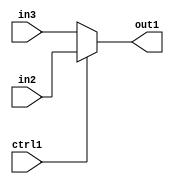
`timescale 1ps / 1ps
/*****************************************************************************
    Verilog RTL Description
    
    
    Created by: Stratus DpOpt 2019.1.01 
*******************************************************************************/

module fix2float_N_Mux_32_2_53_1 (
	in3,
	in2,
	ctrl1,
	out1
	); /* architecture "behavioural" */ 
input [31:0] in3,
	in2;
input  ctrl1;
output [31:0] out1;
wire [31:0] asc001;

reg [31:0] asc001_tmp_0;
assign asc001 = asc001_tmp_0;
always @ (ctrl1 or in2 or in3) begin
	case (ctrl1)
		1'B1 : asc001_tmp_0 = in2 ;
		default : asc001_tmp_0 = in3 ;
	endcase
end

assign out1 = asc001;
endmodule

/* CADENCE  uLn1TQ0= : u9/ySgnWtBlWxVPRXgAZ4Og= ** DO NOT EDIT THIS LINE ******/